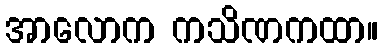
အာလောက ကသိဏကထာ။